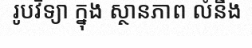
រូបវិទ្យា ក្នុង ស្ថានភាព លំនឹង